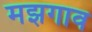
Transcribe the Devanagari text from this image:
मझगाव